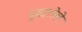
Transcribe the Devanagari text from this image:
पुढालेले